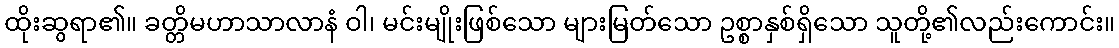
ထိုးဆွရာ၏။ ခတ္တိမဟာသာလာနံ ဝါ၊ မင်းမျိုးဖြစ်သော များမြတ်သော ဥစ္စာနှစ်ရှိသော သူတို့၏လည်းကောင်း။